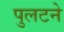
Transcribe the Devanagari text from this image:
पुलटने